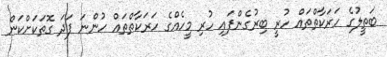
ބަތީލުގެ ހަރަކާތްތައް ހުރީ ބިރުގެންފައި ހުރި މީހެއްގެ ހަރަކާތްތައް ހުންނަ ފަދަ ގޮތަކަށްކަން